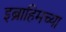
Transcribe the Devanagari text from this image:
इब्राहिमच्या